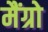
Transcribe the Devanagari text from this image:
मैंग्रो